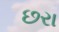
છરા